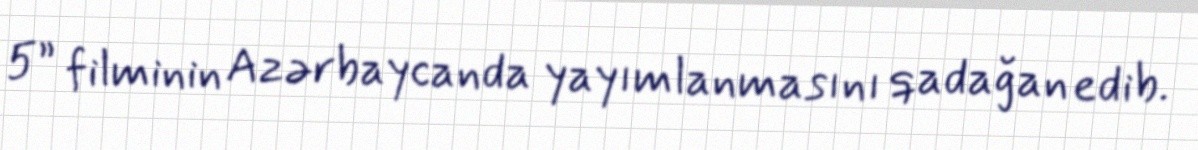
5” filminin Azərbaycanda yayımlanmasını qadağan edib.